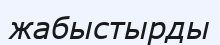
жабыстырды